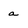
Character: a